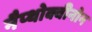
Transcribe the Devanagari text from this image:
नैप्थोक्वीनोन